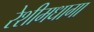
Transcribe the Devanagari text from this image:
रेशीमधागा